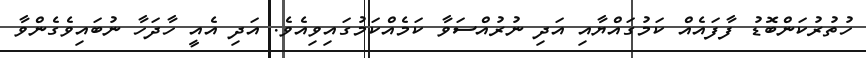
ހުތުރުކަންބޮޑު ފާފައެއް ކަމުގައްޔާއި އަދި ނުރުއްސަވާ ކަމެއްކަމުގައިވިއެވެ. އަދި އެއީ ހާދަހާ ނުބައިވެގެންވާ